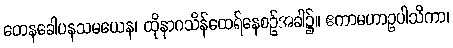
တေနခေါပနသမယေန၊ ထိုနာဂသိန်ထေရ်နေစဉ်အခါ၌။ ဧကာမဟာဥပါသိကာ၊